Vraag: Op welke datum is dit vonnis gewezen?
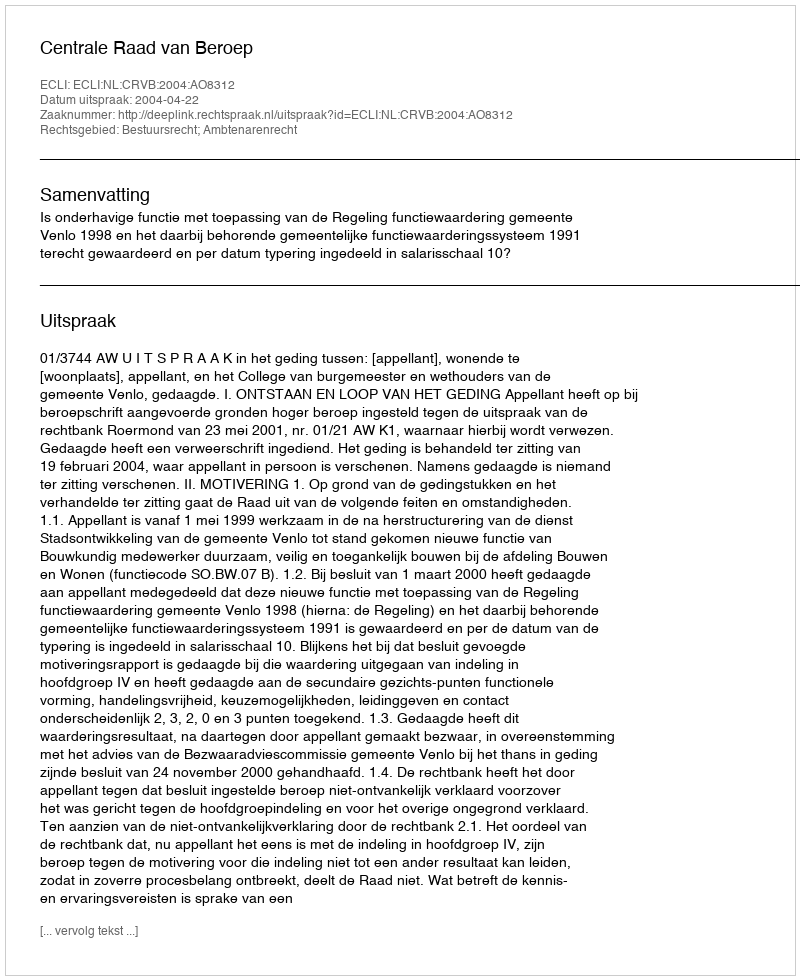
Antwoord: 2004-04-22